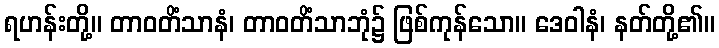
ရဟန်းတို့။ တာဝတိံသာနံ၊ တာဝတိံသာဘုံ၌ ဖြစ်ကုန်သော။ ဒေဝါနံ၊ နတ်တို့၏။